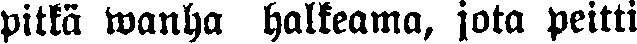
pitkä wanha halkeama, jota peitti